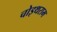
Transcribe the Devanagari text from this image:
चोइथराम